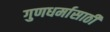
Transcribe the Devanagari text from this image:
गुणधर्मासाठी